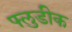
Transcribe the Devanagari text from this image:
फ्लुडीक